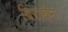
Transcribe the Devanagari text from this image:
बिराबेन